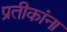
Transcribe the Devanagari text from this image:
प्रतीकांना